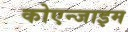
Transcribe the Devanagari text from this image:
कोएन्जाइम